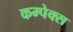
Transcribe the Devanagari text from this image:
कम्पेक्स